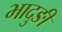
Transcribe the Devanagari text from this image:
भादुङी